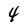
Character: 4